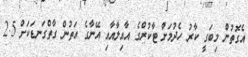
އެގޮތުން މިބަގީ ކާރު ހެދުމަށް ޓާކުރްގެ އާއިލާއާއި އޭނާގެ އަތުން ގާތްގަނޑަކަށް 2.5